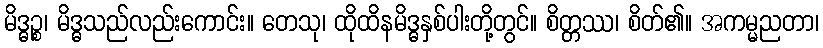
မိဒ္ဓဉ္စ၊ မိဒ္ဓသည်လည်းကောင်း။ တေသု၊ ထိုထိနမိဒ္ဓနှစ်ပါးတို့တွင်။ စိတ္တဿ၊ စိတ်၏။ အကမ္မညတာ၊